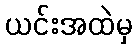
ယင်းအထဲမှ